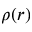
\rho ( r )